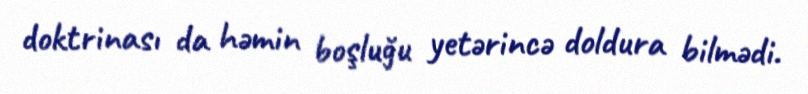
doktrinası da həmin boşluğu yetərincə doldura bilmədi.